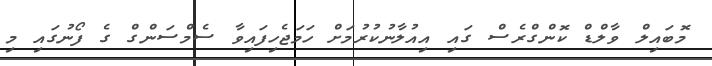
މޮބައިލް ވާލްޑް ކޮންގްރެސް ގައި އިއުލާނުކުރުމަށް ހަމަޖެހިފައިވާ ސެމްސަންގް ގެ ފޯނުގައި މި